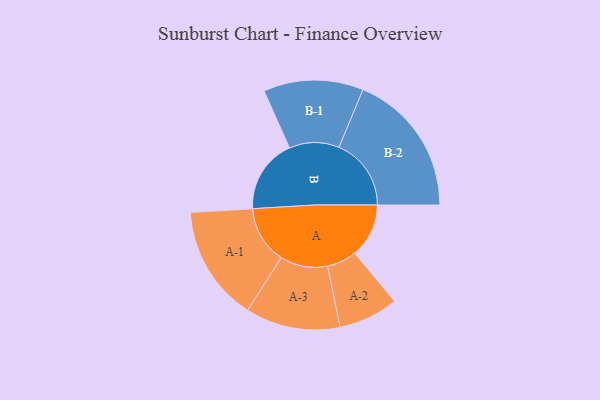
{"axis": {"x": "Segment", "y": "Value"}, "legend": ["", "A", "B"], "data": [{"x": "A", "y": 213, "type": ""}, {"x": "B", "y": 293, "type": ""}, {"x": "A-1", "y": 228, "type": "A"}, {"x": "A-2", "y": 118, "type": "A"}, {"x": "A-3", "y": 187, "type": "A"}, {"x": "B-1", "y": 197, "type": "B"}, {"x": "B-2", "y": 285, "type": "B"}]}